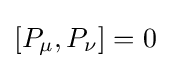
[P_{\mu },P_{\nu }]=0